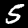
Label: 5